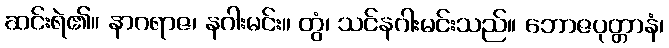
ဆင်းရဲ၏။ နာဂရာဇ၊ နဂါးမင်း။ တွံ၊ သင်နဂါးမင်းသည်။ ဘောဇပုတ္တာနံ၊